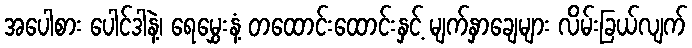
အပေါစား ပေါင်ဒါနဲ့၊ ရေမွှေးနံ့ တထောင်းထောင်းနှင့် မျက်နှာချေများ လိမ်းခြယ်လျက်